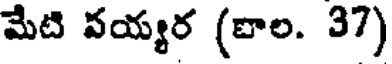
మేటి వయ్యర (బాల. 37)